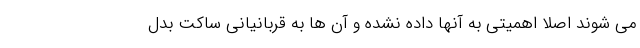
می شوند اصلا اهمیتی به آنها داده نشده و آن ها به قربانیانی ساکت بدل